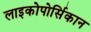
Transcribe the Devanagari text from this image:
लाइकोपोर्सिकान